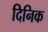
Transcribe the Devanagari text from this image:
दिनिक